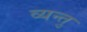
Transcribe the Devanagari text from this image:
व्यन्तु